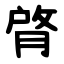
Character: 䏿